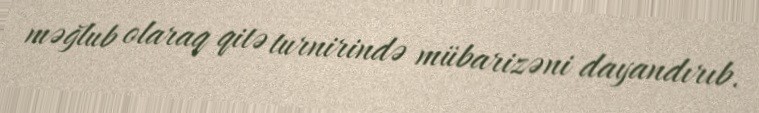
məğlub olaraq qitə turnirində mübarizəni dayandırıb.